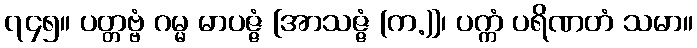
၇၄၅။ ပတ္တဗ္ဗံ ဂမ္မ မာပဇ္ဇံ [အာသဇ္ဇံ (က.)]၊ ပက္ကံ ပရိဏတံ သမာ။